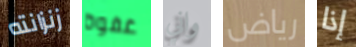
زنزانته غفوة واني رياض إذا